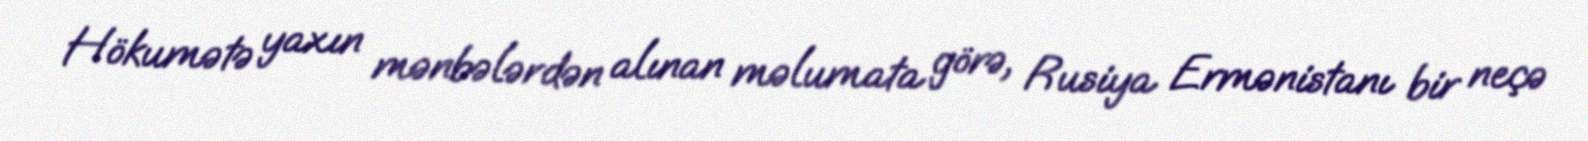
Hökumətə yaxın mənbələrdən alınan məlumata görə, Rusiya Ermənistanı bir neçə